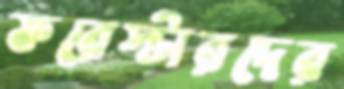
ফরেস্টারদের